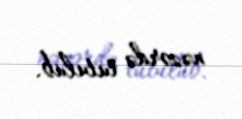
nəzərdə tutulub.